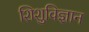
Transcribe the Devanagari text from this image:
शिशुविज्ञान